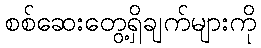
စစ်ဆေးတွေ့ရှိချက်များကို